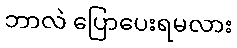
ဘာလဲ ပြောပေးရမလား